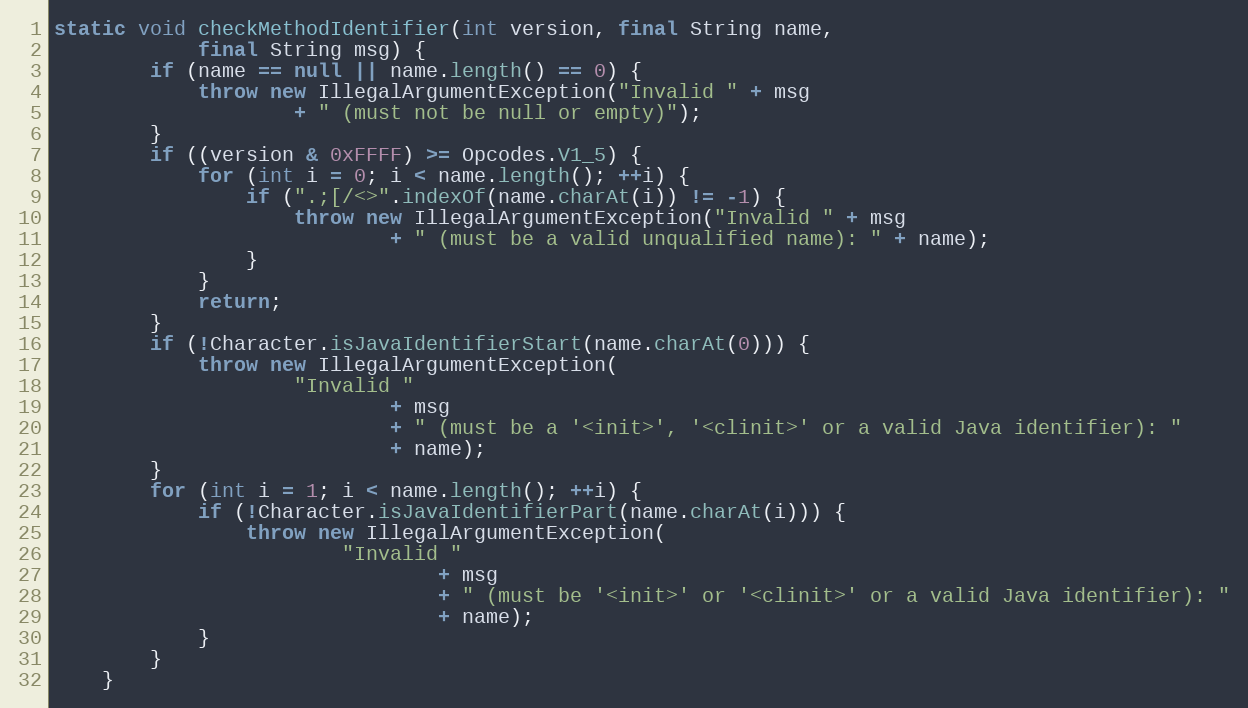
Language: Java
static void checkMethodIdentifier(int version, final String name,
            final String msg) {
        if (name == null || name.length() == 0) {
            throw new IllegalArgumentException("Invalid " + msg
                    + " (must not be null or empty)");
        }
        if ((version & 0xFFFF) >= Opcodes.V1_5) {
            for (int i = 0; i < name.length(); ++i) {
                if (".;[/<>".indexOf(name.charAt(i)) != -1) {
                    throw new IllegalArgumentException("Invalid " + msg
                            + " (must be a valid unqualified name): " + name);
                }
            }
            return;
        }
        if (!Character.isJavaIdentifierStart(name.charAt(0))) {
            throw new IllegalArgumentException(
                    "Invalid "
                            + msg
                            + " (must be a '<init>', '<clinit>' or a valid Java identifier): "
                            + name);
        }
        for (int i = 1; i < name.length(); ++i) {
            if (!Character.isJavaIdentifierPart(name.charAt(i))) {
                throw new IllegalArgumentException(
                        "Invalid "
                                + msg
                                + " (must be '<init>' or '<clinit>' or a valid Java identifier): "
                                + name);
            }
        }
    }